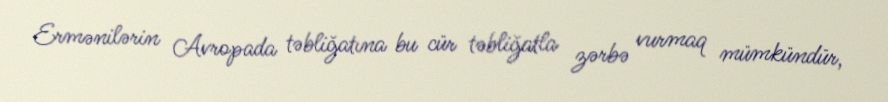
Ermənilərin Avropada təbliğatına bu cür təbliğatla zərbə vurmaq mümkündür,